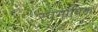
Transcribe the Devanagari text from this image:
स्वभाषिक